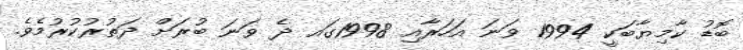
ބޮޑު ކާމިޔާބަކީ 1994 ވަނަ އަހަރާއި 1998ގައ ދެ ވަނަ ބުރަށް ދަތުރުކުރުމެވެ.